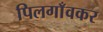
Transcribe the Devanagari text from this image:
पिलगाँवकर